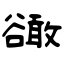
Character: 豃